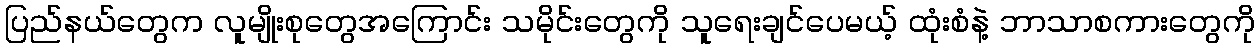
ပြည်နယ်တွေက လူမျိုးစုတွေအကြောင်း သမိုင်းတွေကို သူရေးချင်ပေမယ့် ထုံးစံနဲ့ ဘာသာစကားတွေကို